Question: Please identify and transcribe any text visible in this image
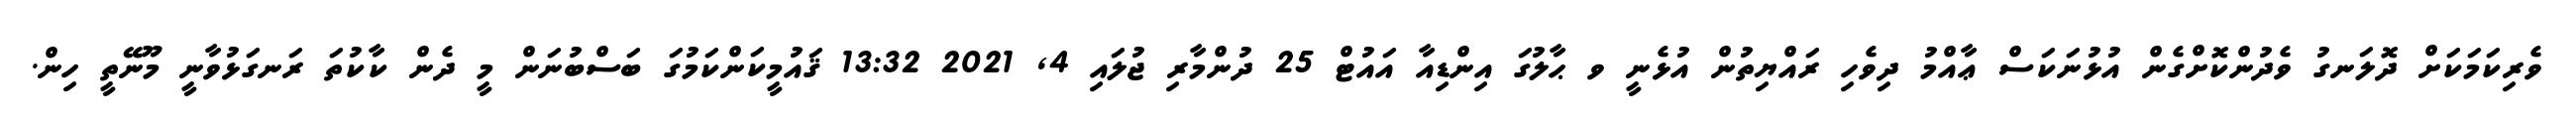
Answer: ވެރިކަމަކަށް ދޮލަނގު ވެދުންކޮށްގެން އުޅުނަކަސް ޢާއްމު ދިވެހި ރައްޔިތުން އުޅެނީ ވ ޙާލުގަ އިންޑިއާ އައުޓް 25 ދުންމާރި ޖުލައި 4, 2021 13:32 ޤައުމީކަންކަމުގަ ބަސްބުނަން މީ ދެން ކާކުތަ ރަނގަޅުވާނީ މޫނޭތީ ހިން.